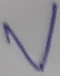
Text: V